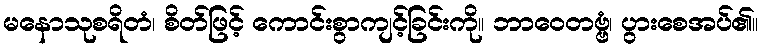
မနောသုစရိတံ၊ စိတ်ဖြင့် ကောင်းစွာကျင့်ခြင်းကို။ ဘာဝေတဗ္ဗံ၊ ပွားစေအပ်၏။